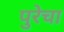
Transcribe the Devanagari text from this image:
पुरेचा